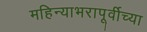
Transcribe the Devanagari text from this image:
महिन्याभरापूर्वीच्या